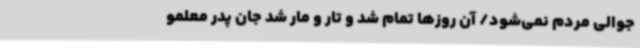
جوالی مردم نمی‌شود/ آن روزها تمام شد و تار و مار شد جان پدر معلمو